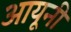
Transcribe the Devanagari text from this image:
आयूनी